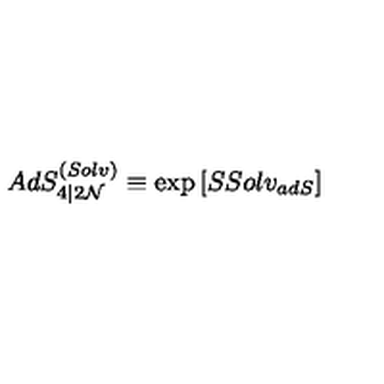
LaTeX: A d S _ { 4 \vert 2 { \cal N } } ^ { ( S o l v ) } \equiv \exp \left[ S S o l v _ { a d S } \right]